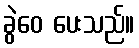
ခွဲဝေ ပေးသည်။